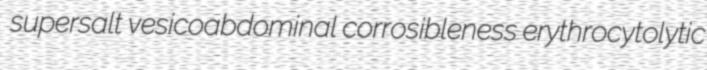
supersalt vesicoabdominal corrosibleness erythrocytolytic